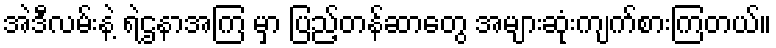
အဲဒီလမ်းနဲ့ ရဲဌနာအကြ မှာ ပြည့်တန်ဆာတွေ အများဆုံးကျက်စားကြတယ်။